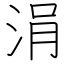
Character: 涓